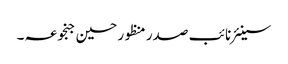
سینئر نائب صدر منظور حسین جنجوعہ ۔